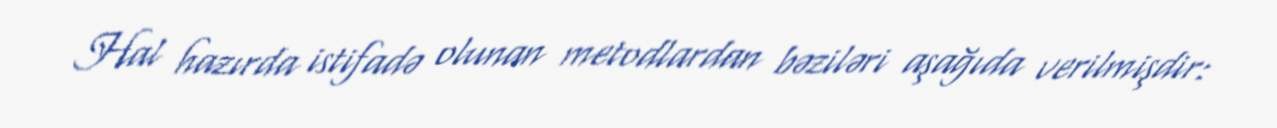
Hal hazırda istifadə olunan metodlardan bəziləri aşağıda verilmişdir: